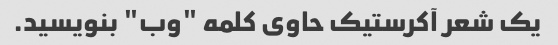
یک شعر آکرستیک حاوی کلمه "وب" بنویسید.